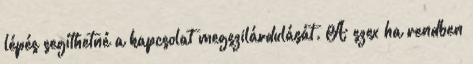
lépés segíthetné a kapcsolat megszilárdulását. A szex ha rendben